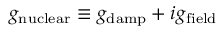
g _ { \mathrm { n u c l e a r } } \equiv g _ { \mathrm { d a m p } } + i g _ { \mathrm { f i e l d } }